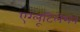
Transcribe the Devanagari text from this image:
एग्लूटिलेशन